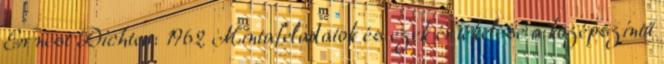
Ernest Dichter: 1962 Mintafeladatok és ezek értékelése a középszintű